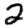
Digit: 2